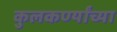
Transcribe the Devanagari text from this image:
कुलकर्ण्यांच्या